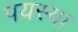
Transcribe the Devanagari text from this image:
पयस्या